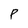
Character: P